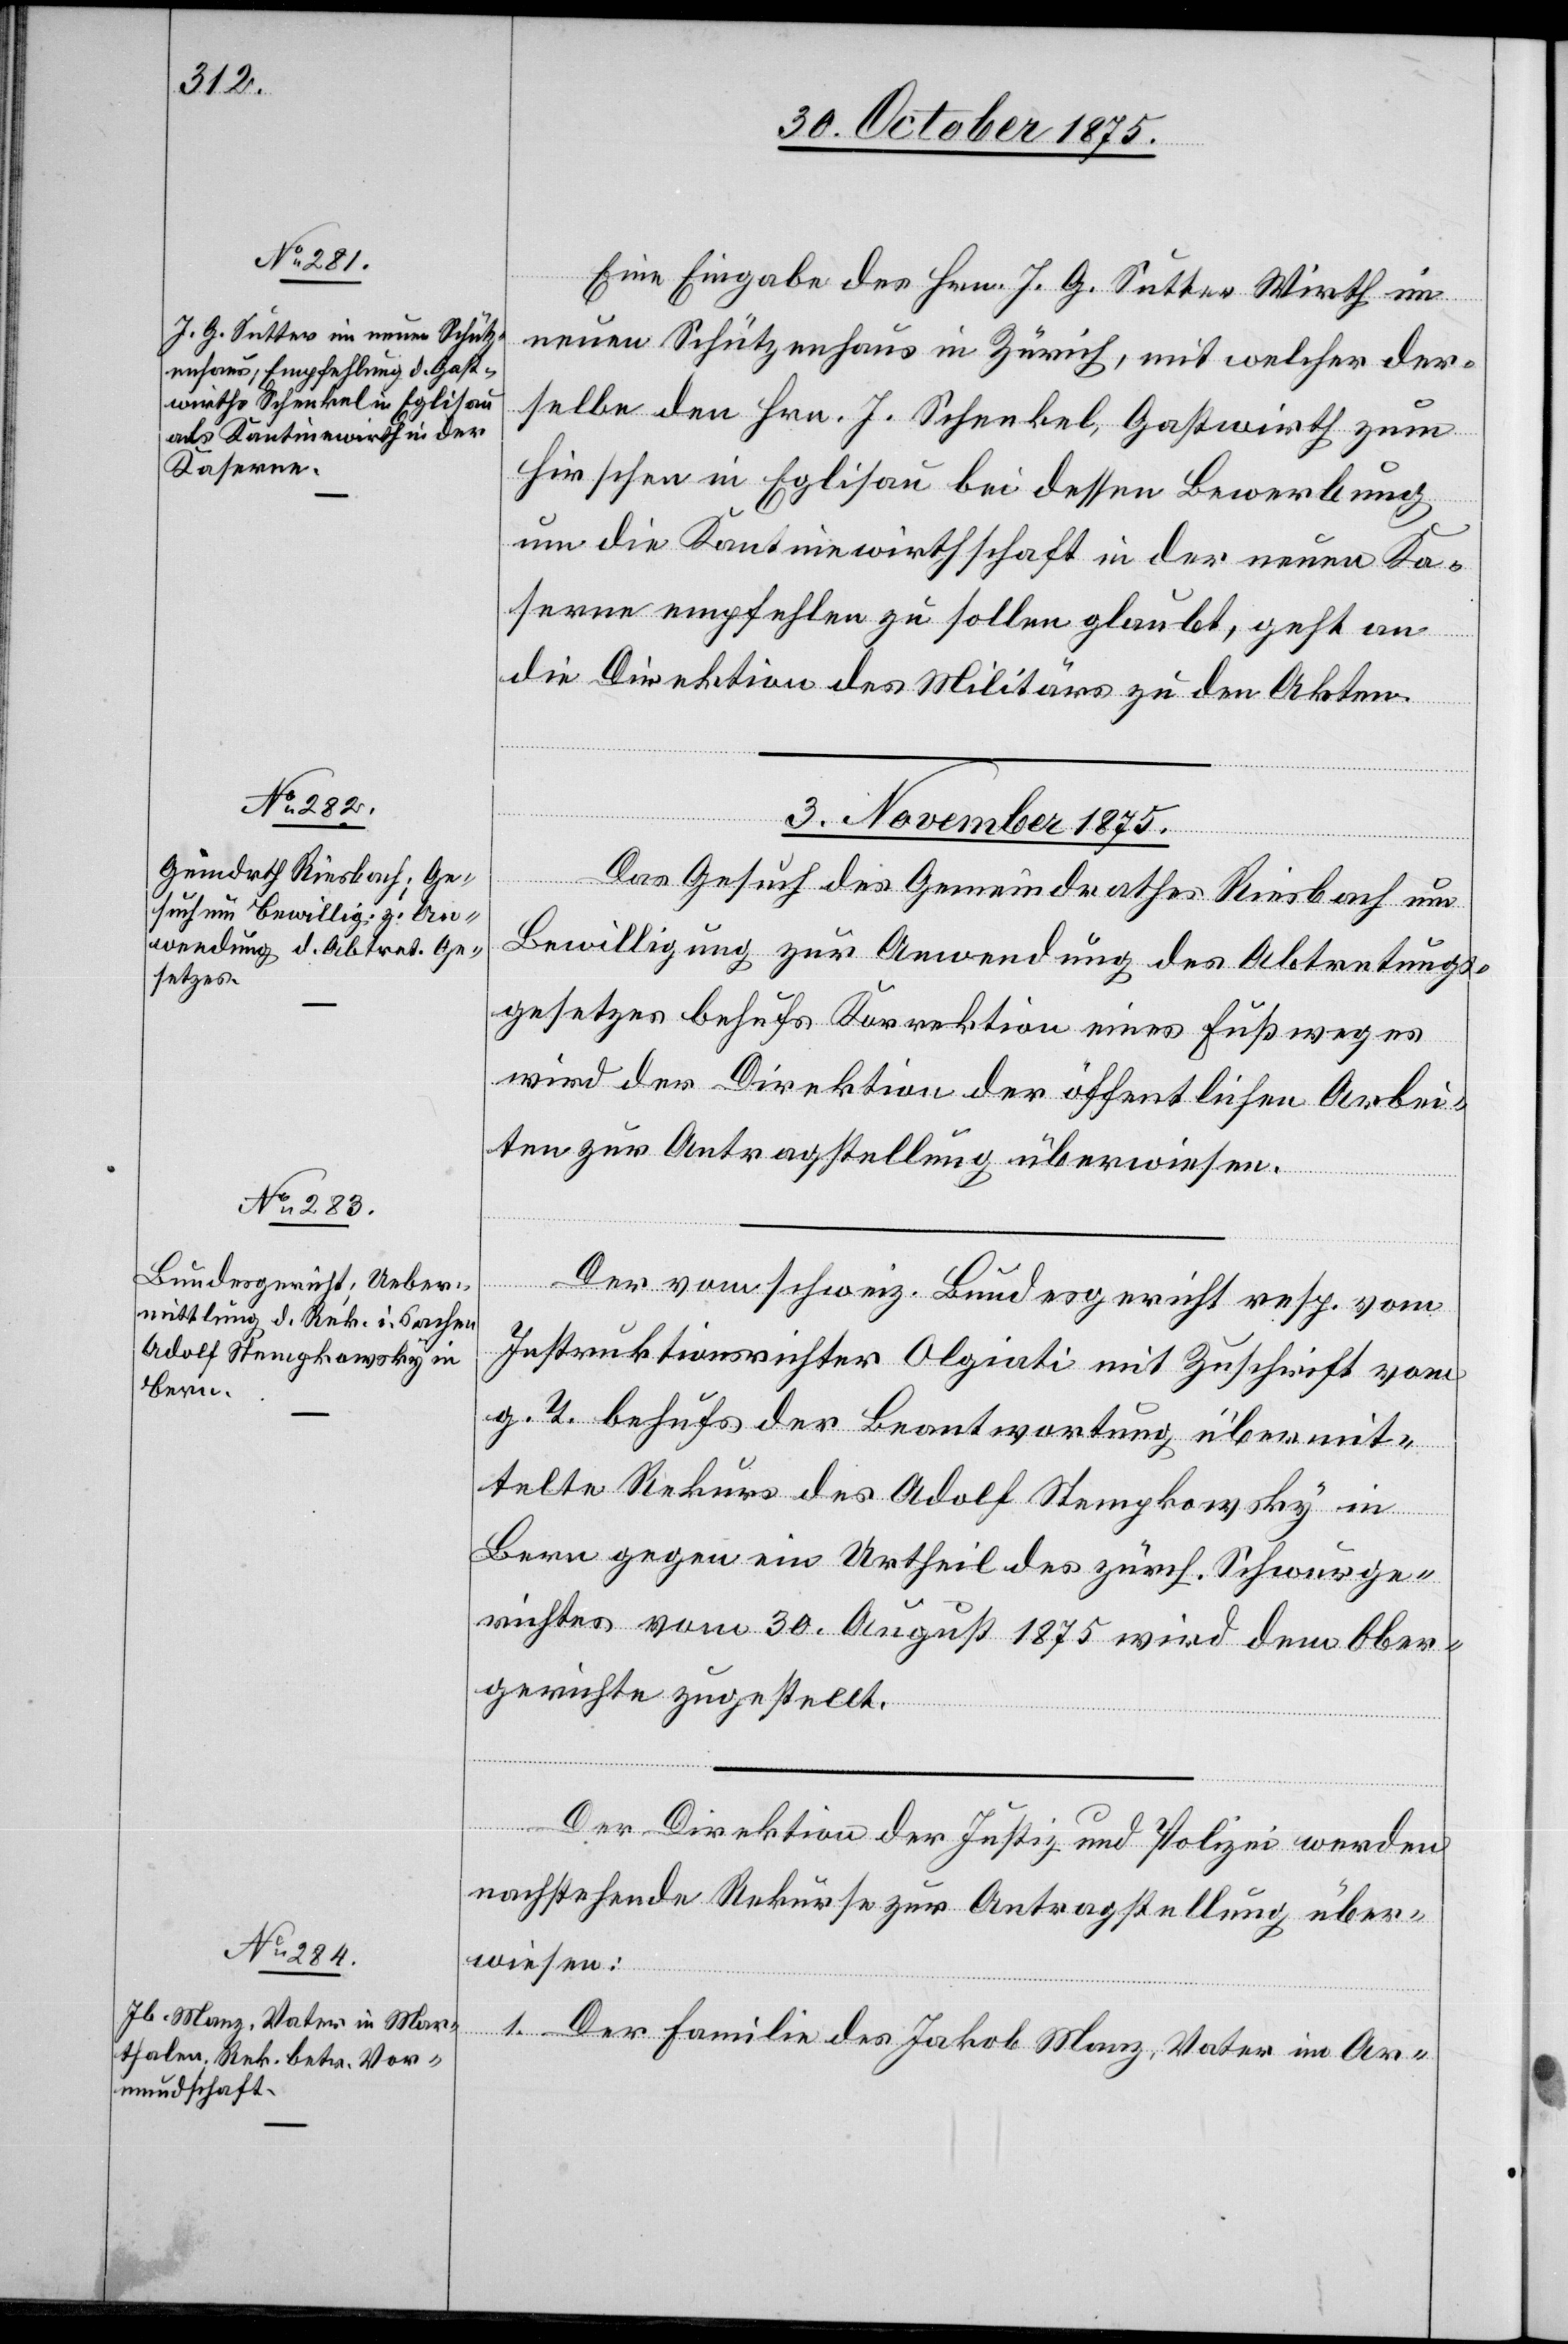
rfügungen
Eine Eingabe des Hrn. J. G. Sutter Wirth im
neuen Schützenhaus in Zürich, mit welcher der¬
selbe den Hrn. J. Schenkel, Gastwirth zum
Hirschen in Eglisau bei dessen Bewerbung
um die Kantinewirthschaft in der neuen Ka¬
serne empfehlen zu sollen glaubt, geht an
[Prä¬
die Direktion des Militärs zu den Akten.
3. November 1875.]
Das Gesuch des Gemeindrathes Riesbach um
Bewilligung zur Anwendung des Abtretungs¬
gesetzes behufs Korrektion eines Fußweges
wird der Direktion der öffentlichen Arbei¬
ten zur Antragstellung überwiesen.
Der vom schweiz. Bundesgericht resp. vom
Instruktionsrichter Olgiati mit Zuschrift vom
g. T. behufs der Beantwortung übermit¬
telte Rekurs des Adolf Stempkowsky in
Bern gegen ein Urtheil des zürch. Schwurge¬
richtes vom 30. August 1875 wird dem Ober¬
gerichte zugestellt.
Der Direktion der Justiz und Polizei n¬
achstehende Rekurse zur Antragstellung über¬
wiesen:
1. Der Familie des Jakob Manz, Vater im Ar-